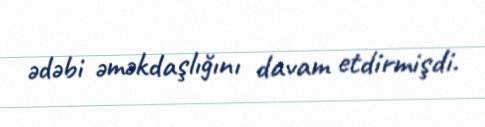
ədəbi əməkdaşlığını davam etdirmişdi.